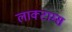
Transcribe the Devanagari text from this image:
लाक्टाम्स